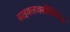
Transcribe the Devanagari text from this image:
साइक्लाक्सीजिनेज़